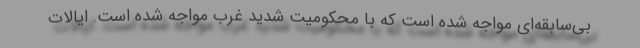
بی‌سابقه‌ای مواجه شده است که با محکومیت شدید غرب مواجه شده است. ایالات